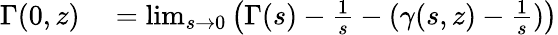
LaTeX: \begin{array}{rl}{\Gamma(0,z)}&{{}=\operatorname*{lim}_{s\to 0}\left(\Gamma(s)-{\frac{1}{s}}-(\gamma(s,z)-{\frac{1}{s}})\right)}\end{array}